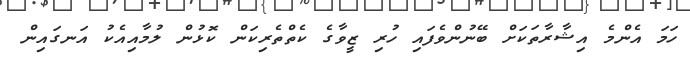
ހަމަ އެންމެ އިޝާރާތަކަށް ބޭނުންވެފައި ހުރި ޒީވާގެ ކެތްތެރިކަން ކޮޅުން ލުމާއިއެކު އަނގައިން